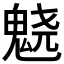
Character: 𱆙